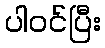
ပါဝင်ပြီး